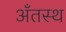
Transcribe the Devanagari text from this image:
अँतस्थ